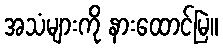
အသံများကို နားထောင်မြဲ။